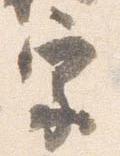
宗